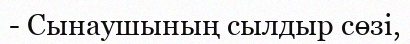
- Сынаушының сылдыр сөзі,